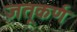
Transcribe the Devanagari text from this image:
जतूकर्ण